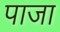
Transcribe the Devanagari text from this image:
पाजा